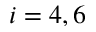
i = 4 , 6